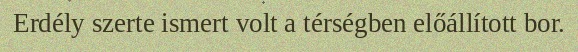
Erdély szerte ismert volt a térségben előállított bor.